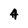
Character: 4